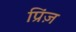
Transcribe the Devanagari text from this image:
प्रिंज़